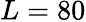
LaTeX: L=80